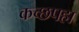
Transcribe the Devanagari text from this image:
कच्छपहा